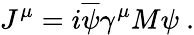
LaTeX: J^{\mu}=i\overline{{{\psi}}}\gamma^{\mu}M\psi\ .